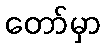
တော်မှာ